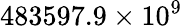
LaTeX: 483597.9\times 10^{9}